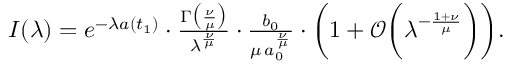
\begin{array} { r } { I ( \lambda ) = e ^ { - \lambda a ( t _ { 1 } ) } \cdot \frac { \Gamma \bigl ( \frac { \nu } { \mu } \bigr ) } { \lambda ^ { \frac { \nu } { \mu } } } \cdot \frac { b _ { 0 } } { \mu \, a _ { 0 } ^ { \frac { \nu } { \mu } } } \cdot \biggl ( 1 + \mathcal { O } \biggl ( \lambda ^ { - \frac { 1 + \nu } { \mu } } \biggr ) \biggr ) . } \end{array}